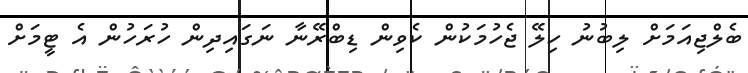
ބެލްޖިއަމަށް ލިބުނު ހިލޭ ޖެހުމަކުން ކެވިން ޑިބްރޭނާ ނަގައިދިން ހުރަހުން އެ ޓީމަށް